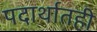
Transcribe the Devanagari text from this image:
पदार्थातही